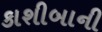
કાશીબાની